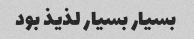
بسیار بسیار لذیذ بود